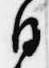
日